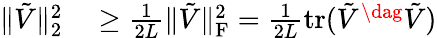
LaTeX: \begin{array}{rl}{\| \tilde{V}\| _{2}^{2}}&{{}\ge\frac{1}{2L}\| \tilde{V}\| _{\mathrm{F}}^{2}=\frac{1}{2L}\operatorname{tr}(\tilde{V}^{\dag}\tilde{V})}\end{array}